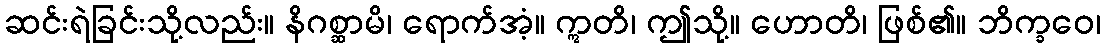
ဆင်းရဲခြင်းသို့လည်း။ နိဂစ္ဆာမိ၊ ရောက်အံ့။ ဣတိ၊ ဤသို့။ ဟောတိ၊ ဖြစ်၏။ ဘိက္ခဝေ၊